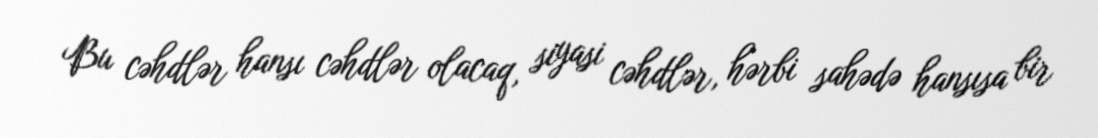
Bu cəhdlər hansı cəhdlər olacaq, siyasi cəhdlər, hərbi sahədə hansısa bir